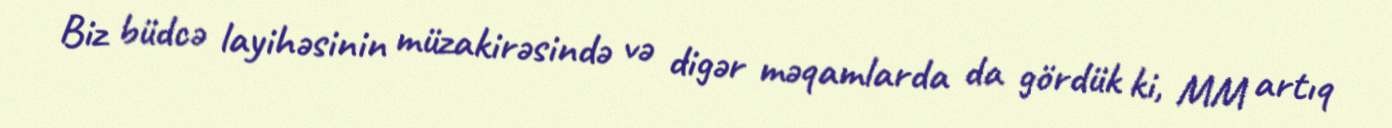
Biz büdcə layihəsinin müzakirəsində və digər məqamlarda da gördük ki, MM artıq